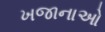
ખજાનાઓ